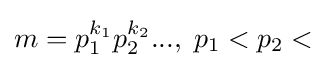
m=p_{1}^{k_{1}}p_{2}^{k_{2}}...,\;p_{1}<p_{2}<\;